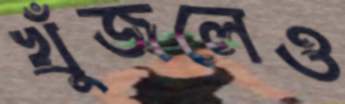
খুঁজলেও